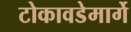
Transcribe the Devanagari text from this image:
टोकावडेमार्गे